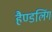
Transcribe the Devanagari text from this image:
हैण्डलिंग